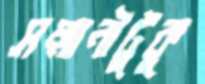
সম্মানীটুকু